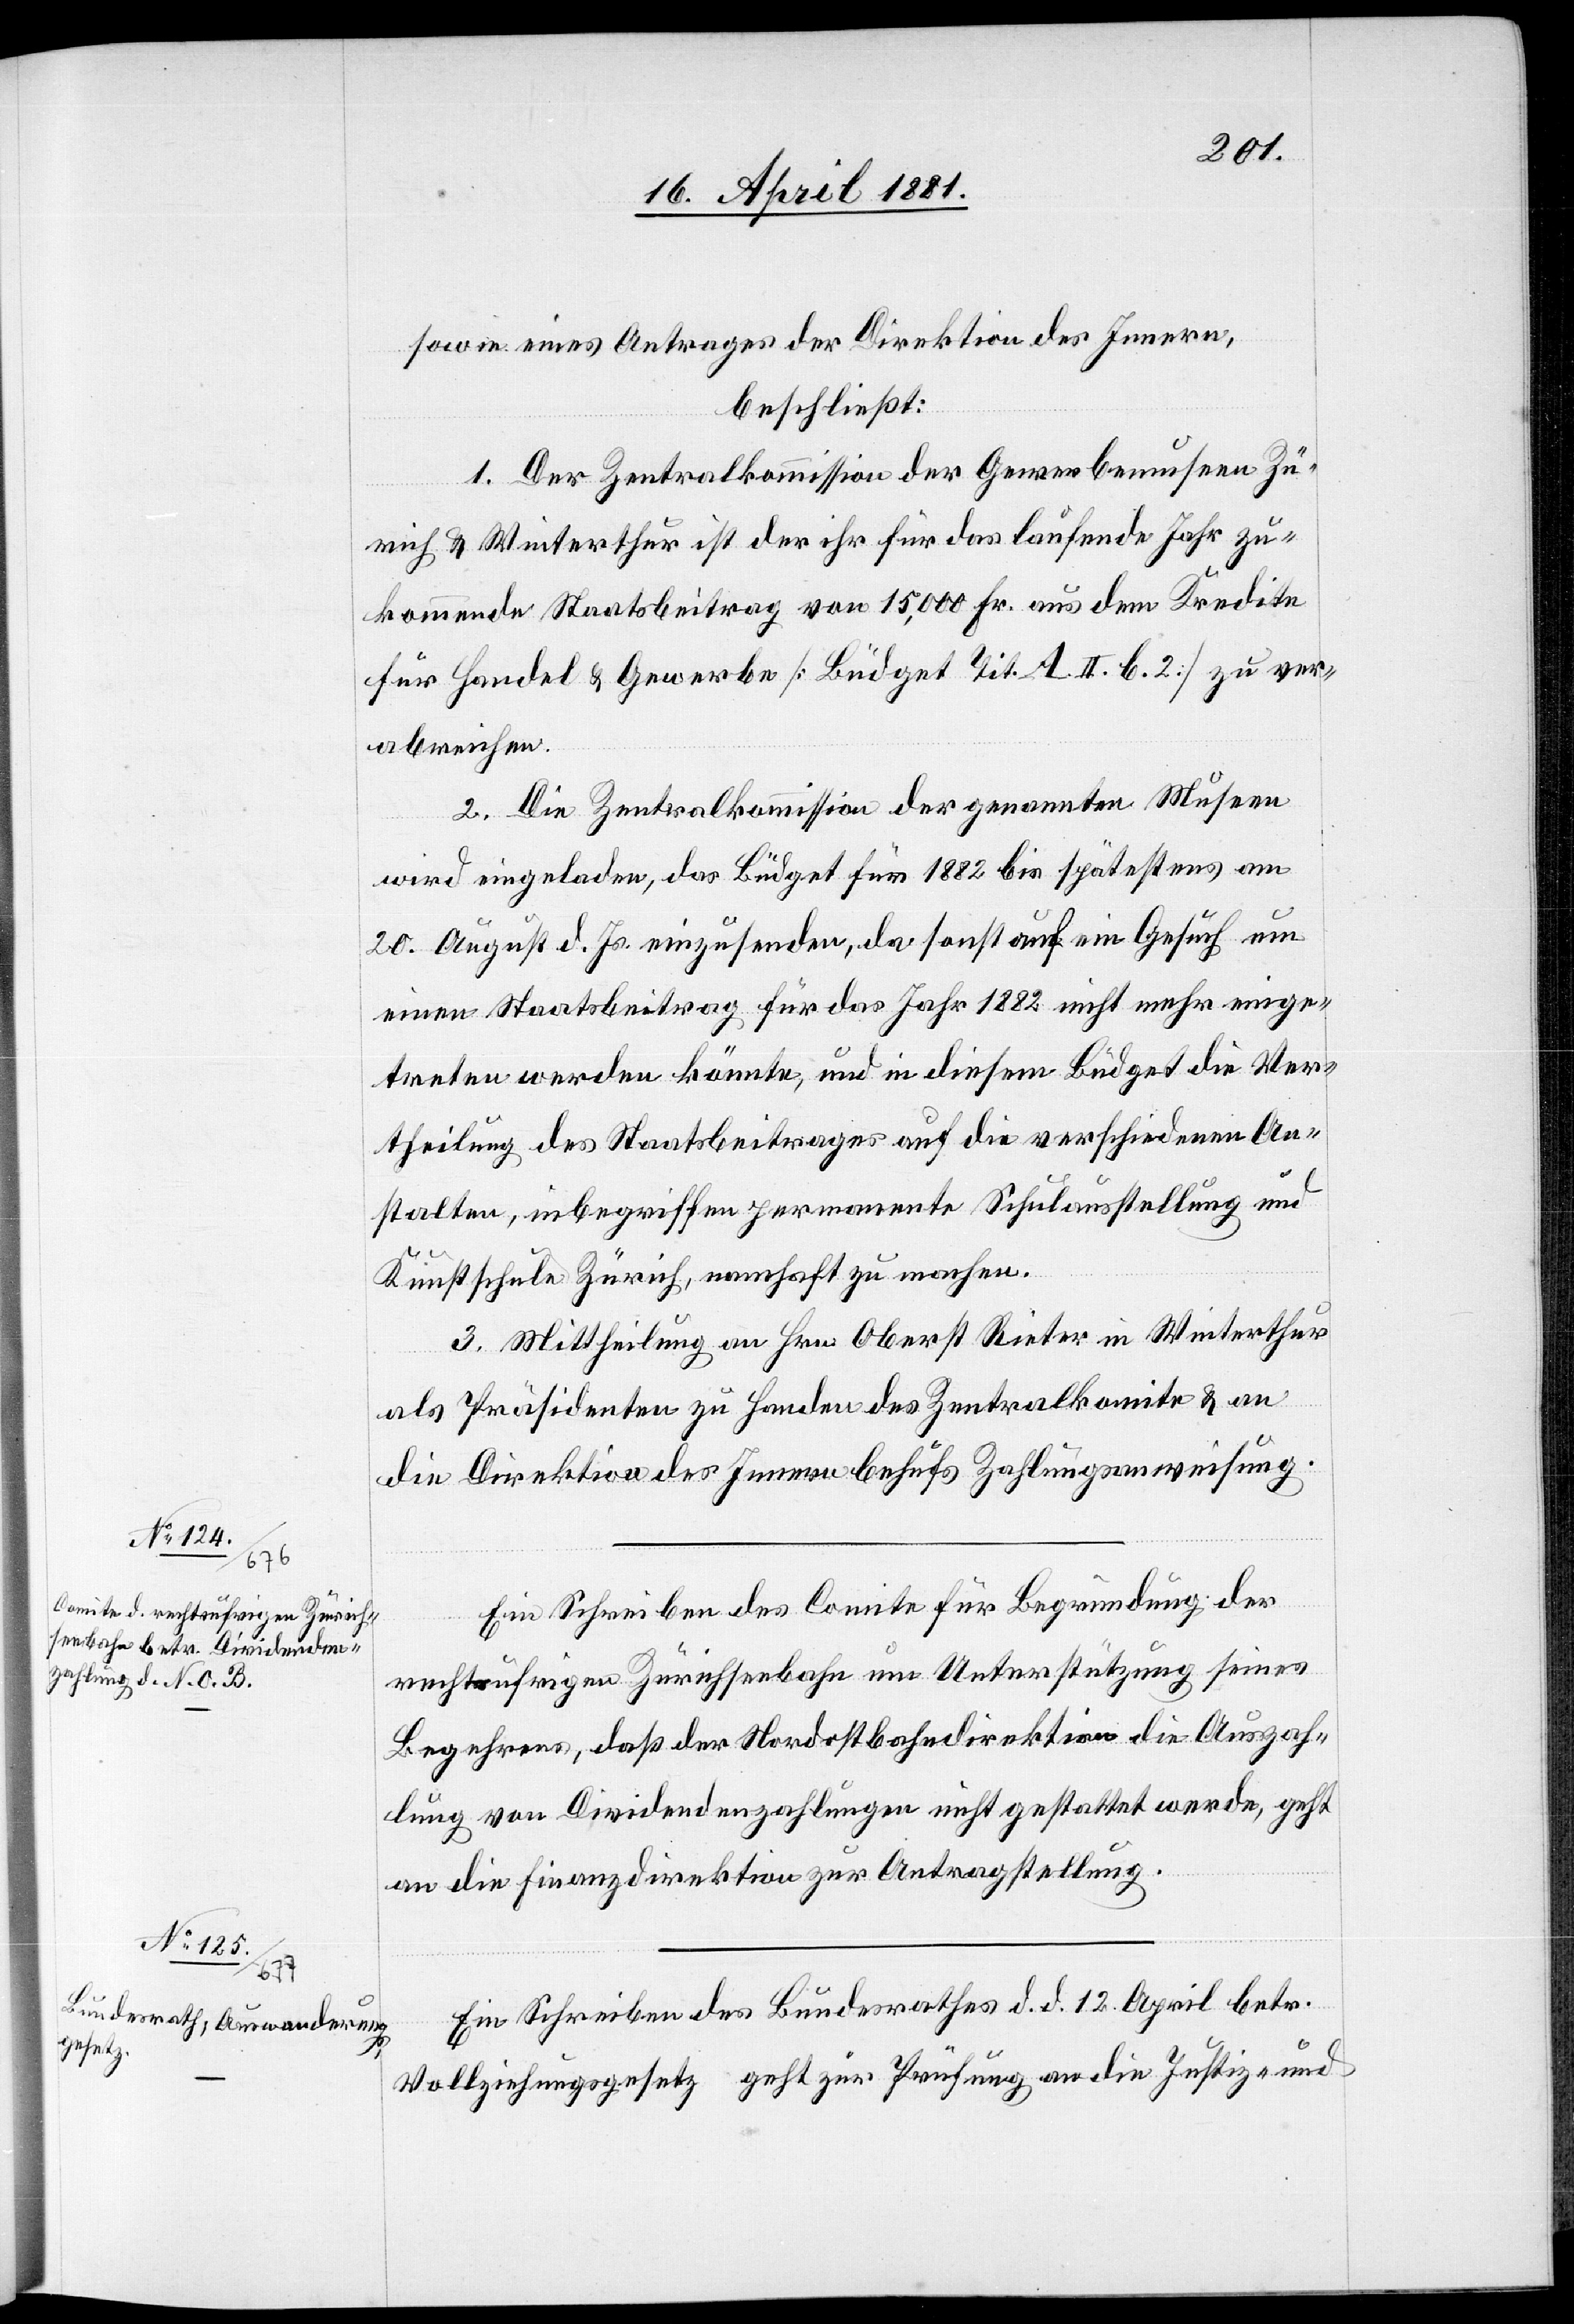
sowie eines Antrages der Direktion des Innern,
beschließt:
1. Der Zentralkommission der Gewerbemuseen Zü¬
rich & Winterthur ist der ihr für das laufende Jahr zu¬
kommende Staatsbeitrag von 15,000 Fr. aus dem Kredite
für Handel & Gewerbe [Büdget Tit. A. II. b.2] zu ver¬
abreichen.
2. Die Zentralkommission der genannten Museen
wird eingeladen, das Büdget für 1882 bis spätestens am
20. August d. Js. einzusenden, da sonst auf ein Gesuch um
einen Staatsbeitrag für das Jahr 1882 nicht mehr einge¬
treten werden könnte, und in diesem Büdget die Ver¬
theilung des Staatsbeitrages auf die verschiedenen An¬
stalten, inbegriffen permanente Schulausstellung und
Kunstschule Zürich, namhaft zu machen.
3. Mittheilung an Hrn. Oberst Rieter in Winterthur
als Präsidenten zu Handen des Zentralkomite & an
die Direktion des Innern behufs Zahlungsanweisung.
Ein Schreiben des Comite für Begründung der
rechtsufrigen Zürichseebahn um Unterstützung seines
Begehrens, daß der Nordostbahndirektion die Auszah¬
lung von Dividendenzahlungen nicht gestattet werde, geht
an die Finanzdirektion zur Antragstellung.
Ein Schreiben des Bundesrathes d. d. 12. April betr.
Vollziehungsgesetz geht zur Prüfung an die Justiz- und